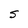
Character: S